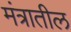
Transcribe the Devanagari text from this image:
मंत्रातील